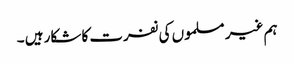
ہم غیر مسلموں کی نفرت کا شکار ہیں ۔